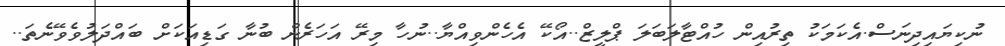
ނުކިޔައިދިނަސް.އެކަމަކު ތިރުއިން ހުއްޓާލަބަލަ ޕްލީޒް..އޯކޭ އެހެންވިއްޔާ..ނުހާ މިރޭ އަހަރެން ބުނާ ގަޑިއަކަށް ބައްދަލުވެވޭނެތަ..